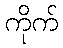
ကိုက်